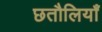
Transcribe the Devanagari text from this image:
छतौलियाँ